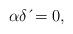
LaTeX: \begin{align*}\alpha \delta \,\acute{}=0, \end{align*}